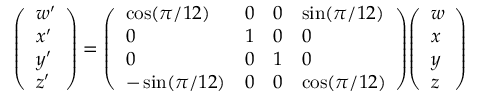
{ \left( \begin{array} { l } { w ^ { \prime } } \\ { x ^ { \prime } } \\ { y ^ { \prime } } \\ { z ^ { \prime } } \end{array} \right) } = { \left( \begin{array} { l l l l } { \cos ( \pi / 1 2 ) } & { 0 } & { 0 } & { \sin ( \pi / 1 2 ) } \\ { 0 } & { 1 } & { 0 } & { 0 } \\ { 0 } & { 0 } & { 1 } & { 0 } \\ { - \sin ( \pi / 1 2 ) } & { 0 } & { 0 } & { \cos ( \pi / 1 2 ) } \end{array} \right) } { \left( \begin{array} { l } { w } \\ { x } \\ { y } \\ { z } \end{array} \right) }